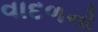
વાદળનો